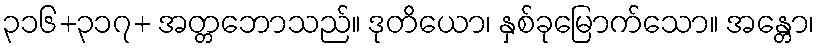
၃၁၆+၃၁၇+ အတ္တဘောသည်။ ဒုတိယော၊ နှစ်ခုမြောက်သော။ အန္တော၊